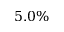
5 . 0 \%